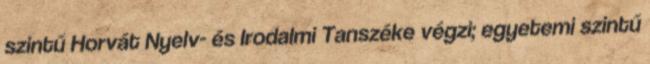
szintű Horvát Nyelv- és Irodalmi Tanszéke végzi; egyetemi szintű